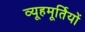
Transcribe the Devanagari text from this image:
व्यूहमूर्तियों